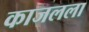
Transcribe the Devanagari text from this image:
काजलला